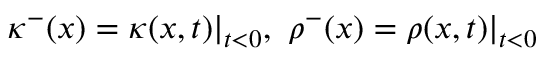
\kappa ^ { - } ( x ) = \kappa ( x , t ) | _ { t < 0 } , ~ \rho ^ { - } ( x ) = \rho ( x , t ) | _ { t < 0 }